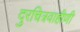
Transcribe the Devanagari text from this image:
दुरचित्रवाहीणी